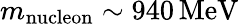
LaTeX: m_{\mathrm{nucleon}}\sim 940\, \mathrm{MeV}